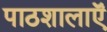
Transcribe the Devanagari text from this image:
पाठशालाऍं